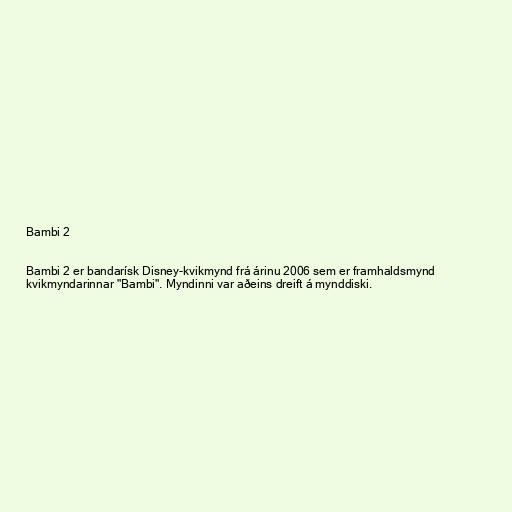
Bambi 2

Bambi 2 er bandarísk Disney-kvikmynd frá árinu 2006 sem er framhaldsmynd
kvikmyndarinnar "Bambi". Myndinni var aðeins dreift á mynddiski.